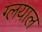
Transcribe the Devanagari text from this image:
ग्लयाल